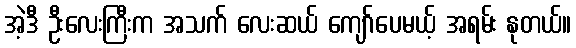
အဲ့ဒီ ဦးလေးကြီးက အသက် လေးဆယ် ကျော်ပေမယ့် အရမ်း နုတယ်။